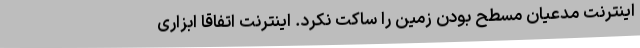
اینترنت مدعیان مسطح بودن زمین را ساکت نکرد. اینترنت اتفاقاً ابزاری